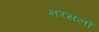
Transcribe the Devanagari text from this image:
नरसलों